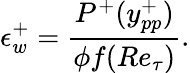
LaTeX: \epsilon_{w}^{+}=\frac{P^{+}(y_{pp}^{+})}{\phi f(Re_{\tau})}.